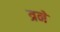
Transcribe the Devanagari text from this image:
त्रने